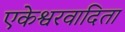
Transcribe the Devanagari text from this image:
एकेश्वरवादिता